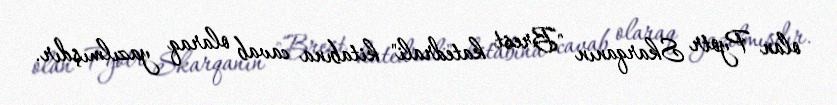
olan Pyotr Skarqanın "Brest katedrali" kitabına cavab olaraq yazılmışdır.